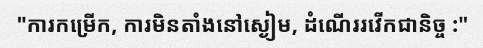
"ការកម្រើក, ការមិនតាំងនៅស្ងៀម, ដំណើររវើកជានិច្ច :"